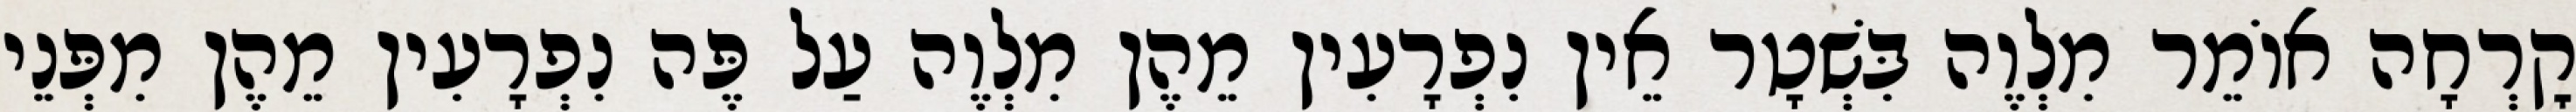
קׇרְחָה אוֹמֵר מִלְוֶה בִּשְׁטָר אֵין נִפְרָעִין מֵהֶן מִלְוֶה עַל פֶּה נִפְרָעִין מֵהֶן מִפְּנֵי